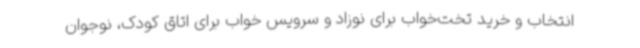
انتخاب و خرید تخت‌خواب برای نوزاد و سرویس خواب برای اتاق کودک، نوجوان